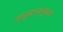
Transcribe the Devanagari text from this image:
अनुमानांनुसार